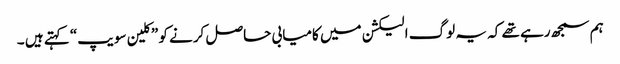
ہم سمجھ رہے تھے کہ یہ لوگ الیکشن میں کامیابی حاصل کرنے کو ”کلین سویپ“ کہتے ہیں ۔